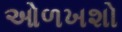
ઓળખશો